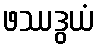
ဖဿဒွယံ